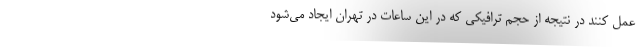
عمل کنند در نتیجه از حجم ترافیکی که در این ساعات در تهران ایجاد می‌شود